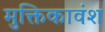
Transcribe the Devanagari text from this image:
मुक्तिकावंश